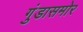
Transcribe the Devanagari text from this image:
गुंडासमोर